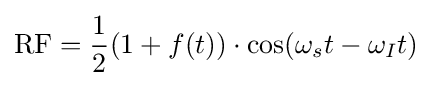
{\mbox{RF}}={\frac {1}{2}}(1+f(t))\cdot \cos(\omega _{s}t-\omega _{I}t)